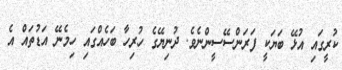
ކުރީގައި އުޅޭ ބަޔަކީ ފަރަންސޭސީންނެވެ. ދުނިޔޭގެ ހުރިހާ ބަހެއްގައި ހިމެނޭ އަޑުތައް އެ